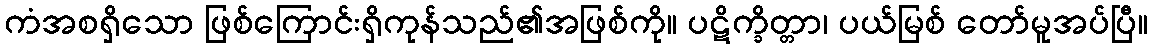
ကံအစရှိသော ဖြစ်ကြောင်းရှိကုန်သည်၏အဖြစ်ကို။ ပဋိက္ခိတ္တာ၊ ပယ်မြစ် တော်မူအပ်ပြီ။